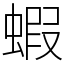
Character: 蝦